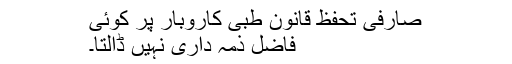
صارفی تحفظ قانون طبی کاروبار پر کوئی
فاضل ذمہ داری نہیں ڈالتا۔